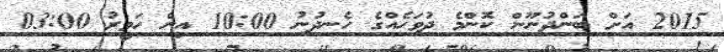
2015 އަށް ބަންދުނޫން ކޮންމެ ދުވަހެއްގެ ހެނދުނު 10:00 އިން ހަވީރު 03:00